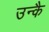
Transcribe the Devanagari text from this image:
उन्कै